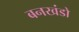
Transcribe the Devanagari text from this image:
बनखंडो